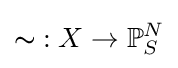
\mathbb {s} :X\to \mathbb {P} _{S}^{N}